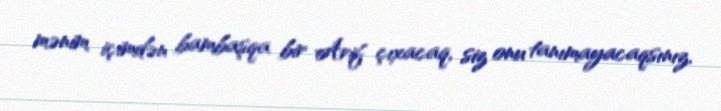
mənim içimdən bambaşqa bir Arif çıxacaq, siz onu tanımayacaqsınız.